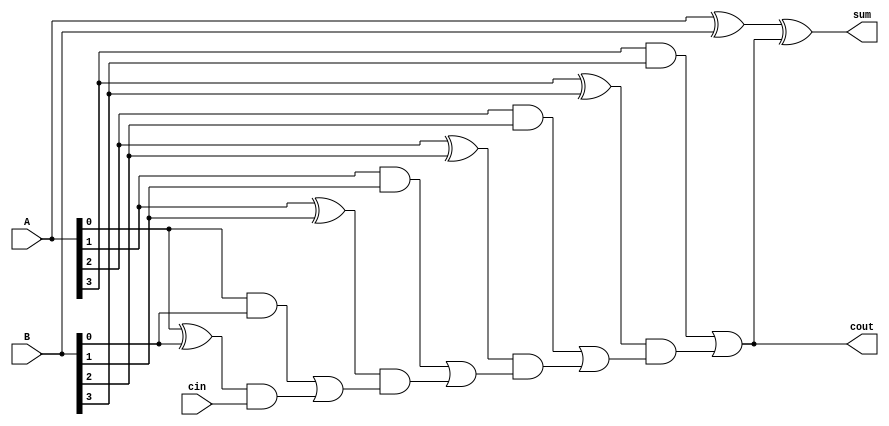
module cla(input [3:0] A,B,input cin, output[3:0] sum, output cout);
  wire[3:0] Carry;
  assign Carry[0] = cin;
  assign Carry[1] = (A[0] & B[0]) | ((A[0]^B[0]) & Carry[0]);
  assign Carry[2] = (A[1] & B[1]) | ((A[1]^B[1]) & Carry[1]);
  assign Carry[3] = (A[2] & B[2]) | ((A[2]^B[2]) & Carry[2]);
  assign cout  =    (A[3] & B[3]) | ((A[3]^B[3]) & Carry[3]); 
  
  assign sum = A^B^cout;
 
endmodule